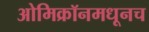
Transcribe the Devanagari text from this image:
ओमिक्रॉनमधूनच